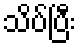
သိပ်ပြီး